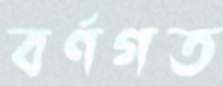
বর্ণগত